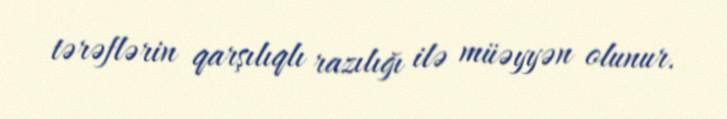
tərəflərin qarşılıqlı razılığı ilə müəyyən olunur.